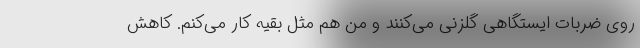
روی ضربات ایستگاهی گلزنی می‌کنند و من هم مثل بقیه کار می‌کنم. کاهش